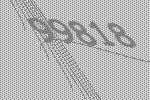
99818